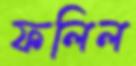
ফলিল